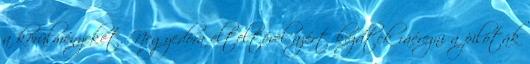
a körülményeket. Negyedóra elteltével azért kezdtek ráérezni a pilóták